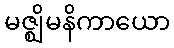
မဇ္ဈိမနိကာယော